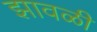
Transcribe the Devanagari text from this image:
झावळी